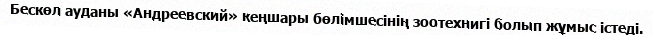
Бескөл ауданы «Андреевский» кеңшары бөлімшесінің зоотехнигі болып жұмыс істеді.